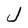
Character: J